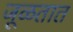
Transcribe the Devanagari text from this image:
जूळतात